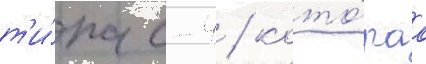
т'и́па с-4 / кото́раа